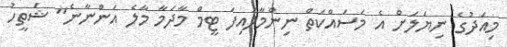
މިއަދުގެ ނިޔަލަށް އެ މަސައްކަތް ނިންމާލައިފަ ޓީމް މާދަމާ މާލެ އަންނާނެ" ޝަތީހު